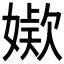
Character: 𭒖